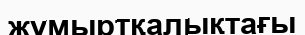
жұмыртқалықтағы